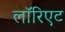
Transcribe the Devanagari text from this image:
लॉरिएट